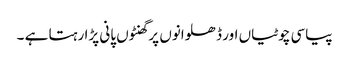
پیاسی چوٹیاں اور ڈھلوانوں پر گھنٹوں پانی پڑا رہتا ہے ۔